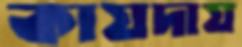
কায়দায়